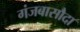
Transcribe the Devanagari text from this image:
गंजबासौदा